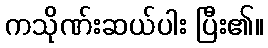
ကသိုဏ်းဆယ်ပါး ပြီး၏။